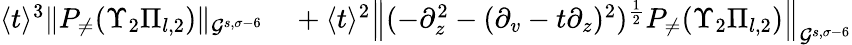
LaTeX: \begin{array}{rl}{\langle t\rangle^{3}\| P_{\neq}(\Upsilon_{2}\Pi_{l,2})\| _{\mathcal{G}^{s,\sigma-6}}}&{{}+\langle t\rangle^{2}\left\| (-\partial_{z}^{2}-(\partial_{v}-t\partial_{z})^{2})^{\frac 12}P_{\neq}(\Upsilon_{2}\Pi_{l,2})\right\| _{\mathcal{G}^{s,\sigma-6}}}\end{array}